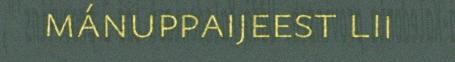
mánuppaijeest lii